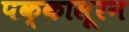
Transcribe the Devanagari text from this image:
पक्कासूरन